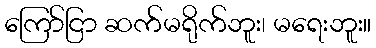
ကြော်ငြာ ဆက်မရိုက်ဘူး၊ မရေးဘူး။